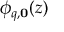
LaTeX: \phi _ { q , \mathbf { 0 } } ( z )